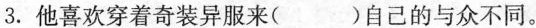
3.他喜欢穿着奇装异服来()自己的与众不同。